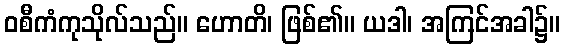
ဝစီကံကုသိုလ်သည်။ ဟောတိ၊ ဖြစ်၏။ ယဒါ၊ အကြင်အခါ၌။